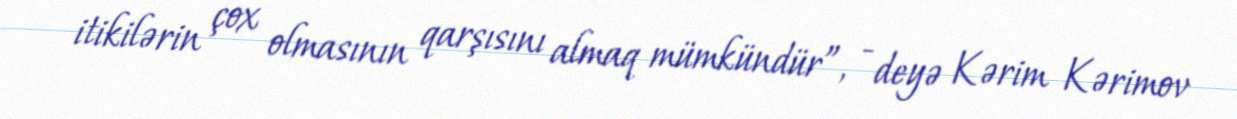
itikilərin çox olmasının qarşısını almaq mümkündür”, - deyə Kərim Kərimov